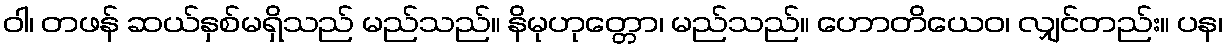
ဝါ၊ တဖန် ဆယ်နှစ်မရှိသည် မည်သည်။ နိမုဟုတ္တော၊ မည်သည်။ ဟောတိယေဝ၊ လျှင်တည်း။ ပန၊